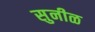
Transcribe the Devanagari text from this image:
सुनीळ